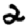
Digit: 2